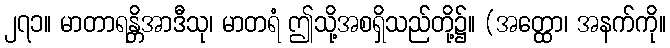
၂၇၁။ မာတာရန္တိအာဒီသု၊ မာတရံ ဤသို့အစရှိသည်တို့၌။ (အတ္ထော၊ အနက်ကို။